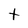
Character: t